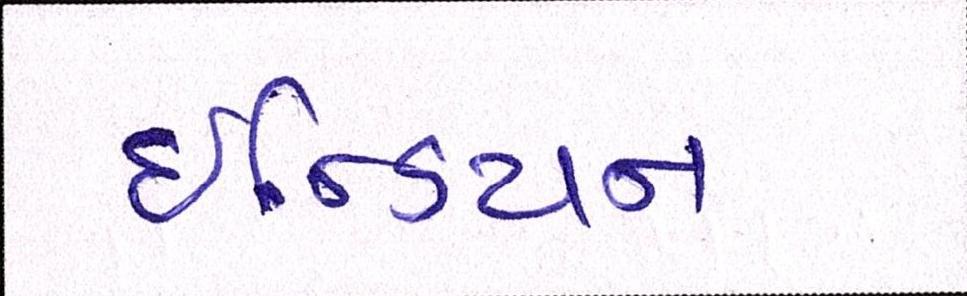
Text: ઇન્ડિયન